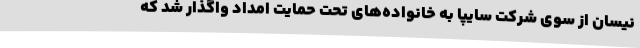
نیسان از سوی شرکت سایپا به خانواده‌های تحت حمایت امداد واگذار شد که